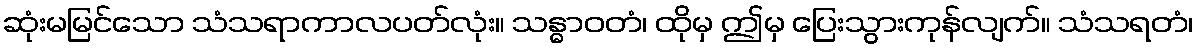
ဆုံးမမြင်သော သံသရာကာလပတ်လုံး။ သန္ဓာဝတံ၊ ထိုမှ ဤမှ ပြေးသွားကုန်လျက်။ သံသရတံ၊